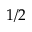
1 / 2